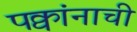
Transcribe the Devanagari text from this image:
पक्वांनाची